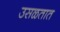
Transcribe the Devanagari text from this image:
उसळतात